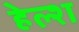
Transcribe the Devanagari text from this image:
हेल्श